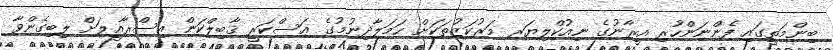
ބިންމަތީގައި ފެންނަންހުރި އީރާނުގެ ނިއުކްލިޔަރ މަރުކަޒުތަކަށް ޙަމަލާދިނުމުގެ ޢަސްކަރީ ޤާބިލްކަން އިސްރާއީލަށް ލިބިގެންވާ